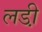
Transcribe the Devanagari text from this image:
लडी़